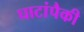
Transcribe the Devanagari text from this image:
घाटांपैकी